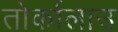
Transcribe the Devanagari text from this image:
तोर्कालाउ